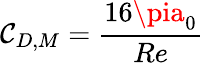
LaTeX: \mathcal{C}_{D,M}=\frac{{16\pia_{0}}}{{Re}}